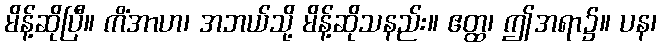
မိန့်ဆိုပြီ။ ကိံအာဟ၊ အဘယ်သို့ မိန့်ဆိုသနည်း။ ဧတ္ထ၊ ဤအရာ၌။ ပန၊